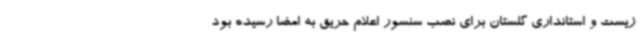
زیست و استانداری گلستان برای نصب سنسور اعلام حریق به امضا رسیده بود